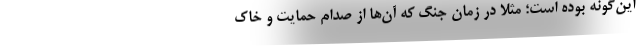
این‌گونه بوده است؛ مثلاً در زمان جنگ که آن‌ها از صدام حمایت و خاک